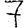
Digit: 7